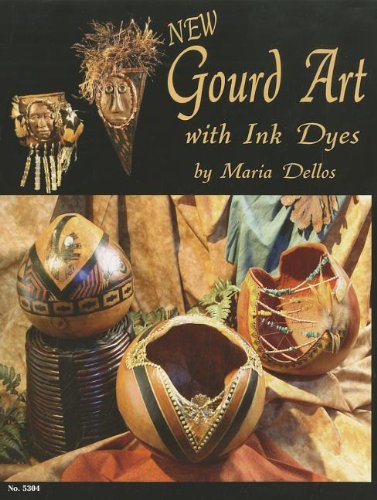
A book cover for New Gourd Art with Ink Dyes (Design Originals); Maria Dellos; Crafts, Hobbies & Home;